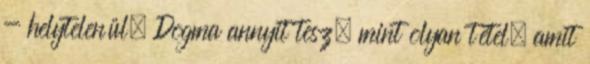
- helytelenül. Dogma annyit tesz, mint olyan tétel, amit